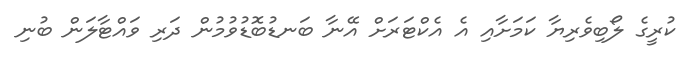
ކުރީގެ ލޯބިވެރިޔާ ކަމަށާއި އެ އެކްޓަރަށް އޭނާ ބަނޑުބޮޑުވުމުން ދަރި ވައްޓާލަން ބުނި